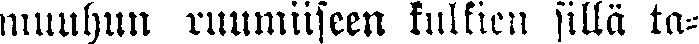
muuhun ruumiiseen kulkien sillä ta-